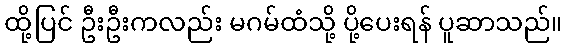
ထို့ပြင် ဦးဦးကလည်း မဂမ်ထံသို့ ပို့ပေးရန် ပူဆာသည်။